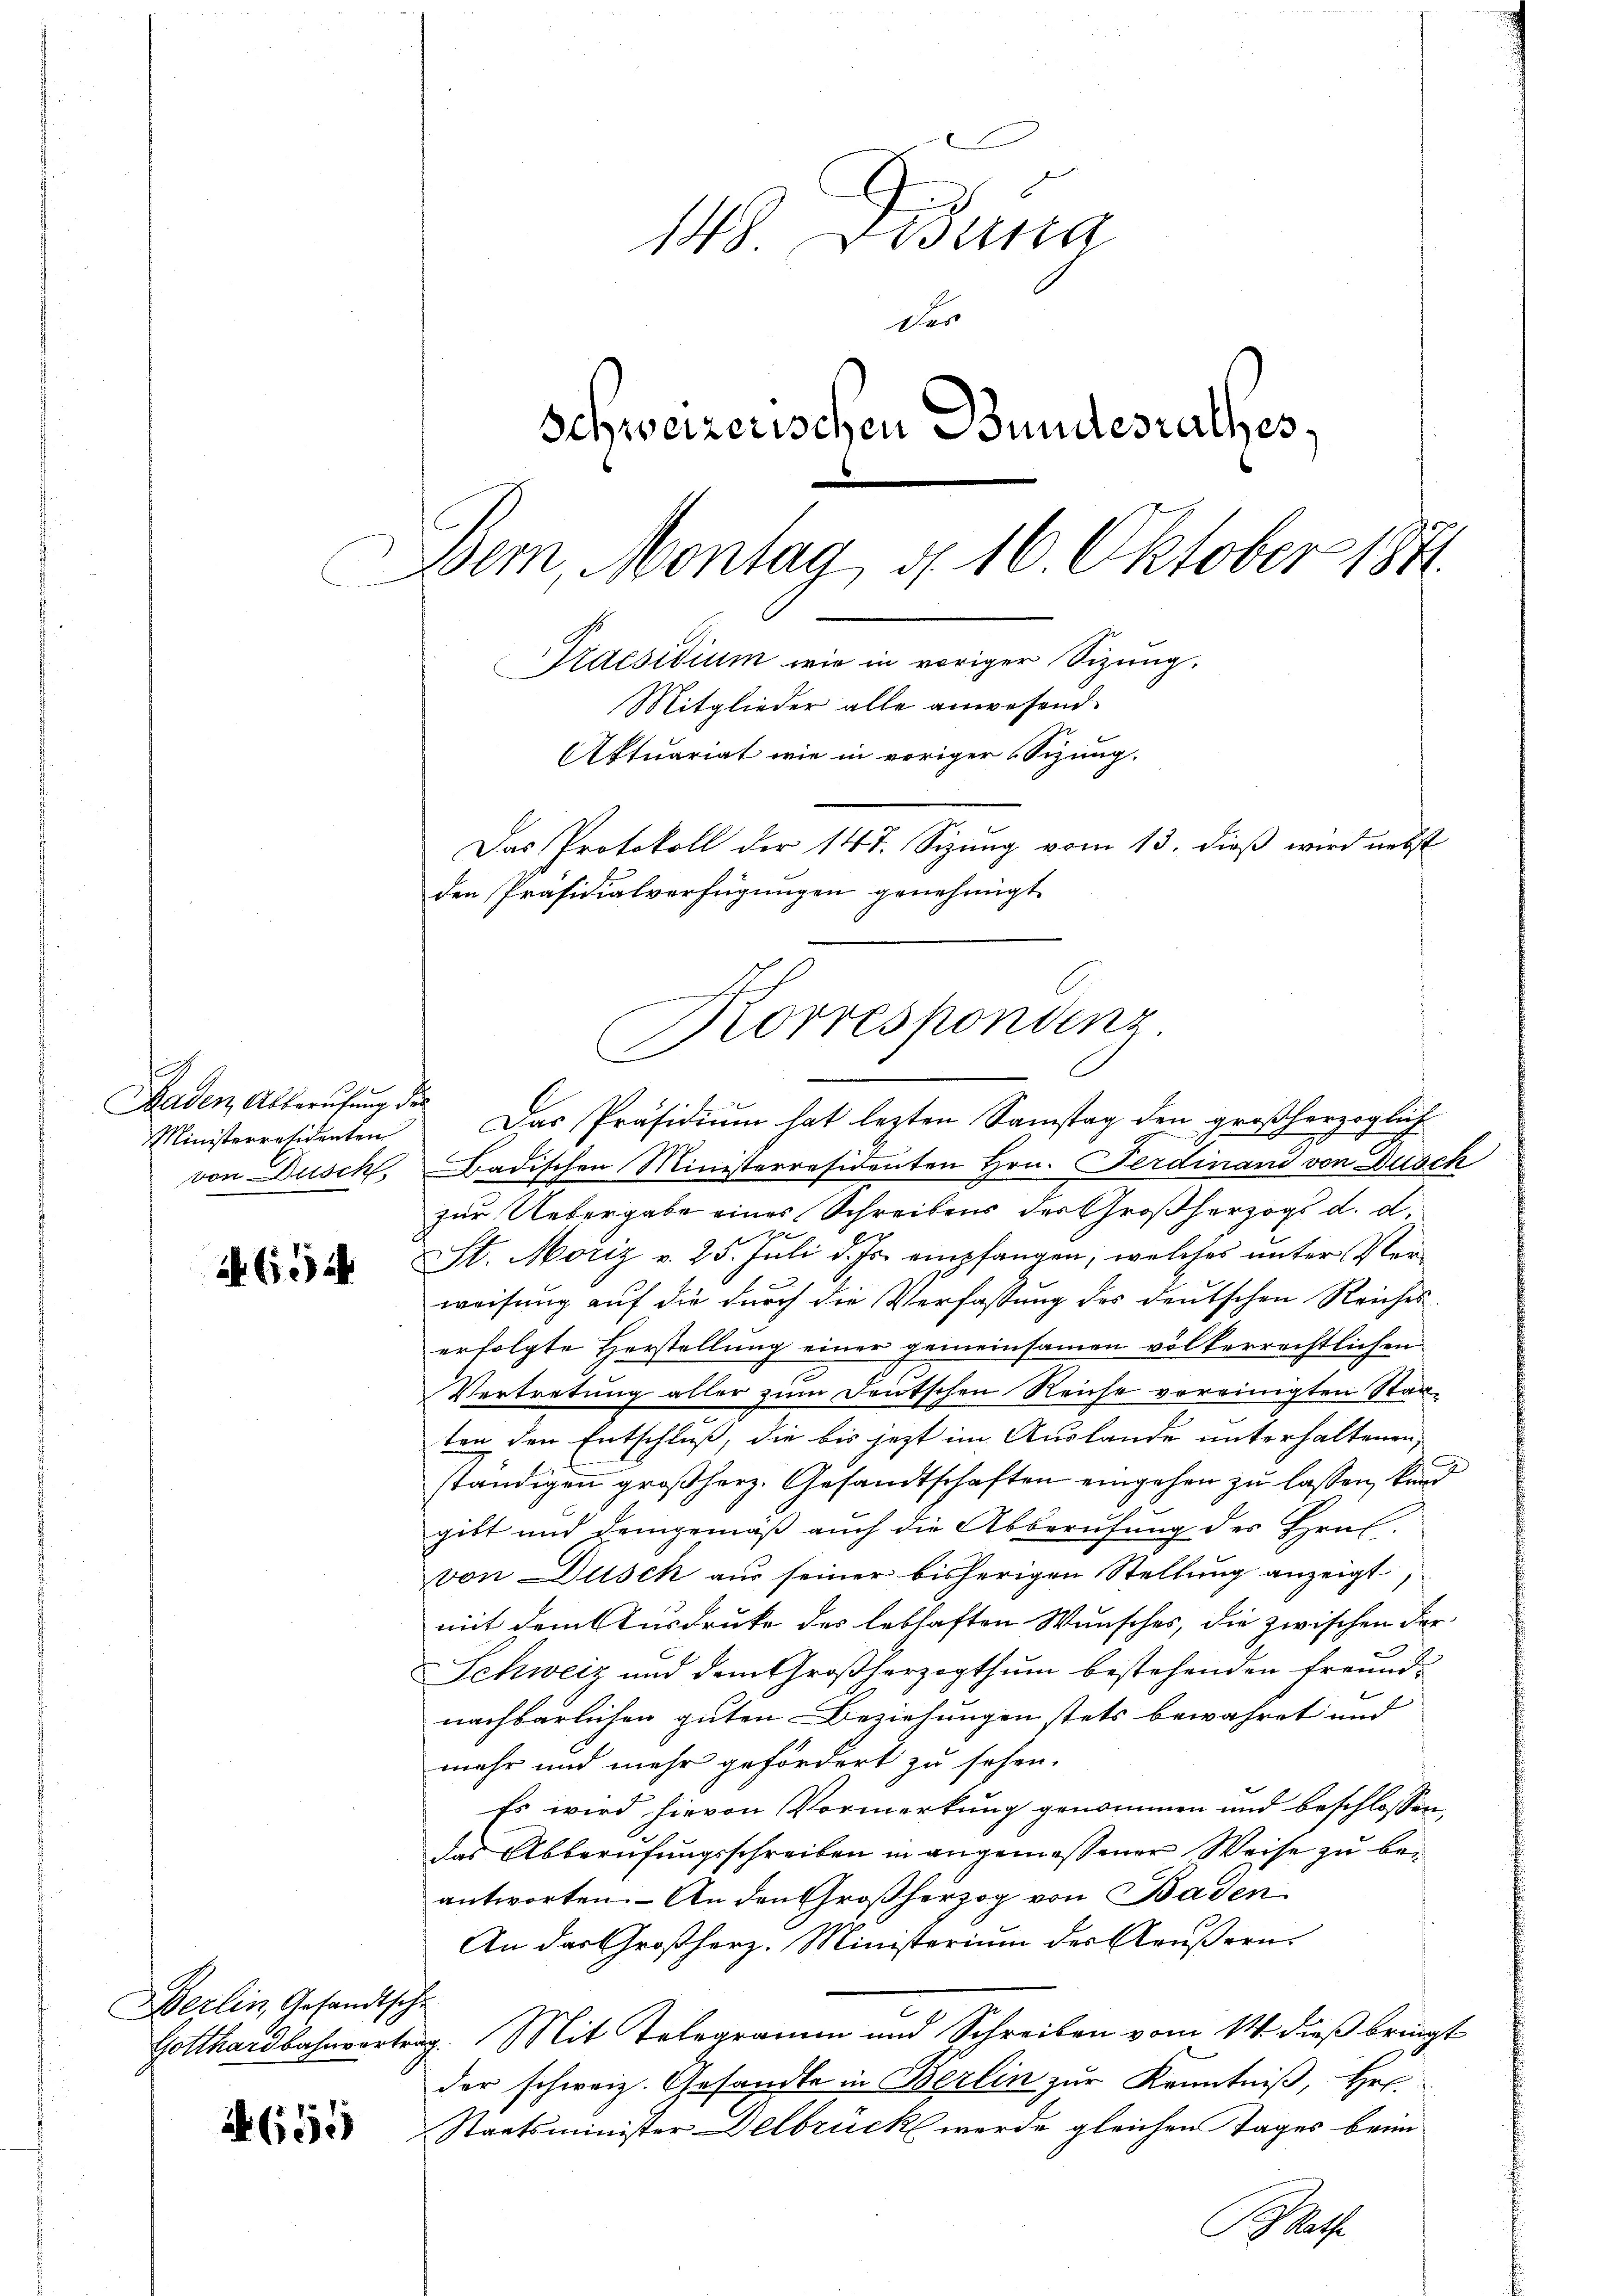
Baden, Alberufung des
Ministerresidenten
von Dusch

654

Berlin, Gesandtsche

650

148. Disena
Des
Schweizerischen Bundesrathes
Der, Montag d. 16. Oktober 1841.
Praesidium wie in voriger Sizung.
Mitglieder alle anwesend.
Aktuariat wie in voriger Sizung.
Das Protokoll der 14 t. Sizung vom 13. dieß wird nebst
den Präsidialverfügungen genehmigt

Korrespondenz
.
Das Präsidium hat lezten Samstag den großherzoglich

Badischen Ministerresidenten Hrn. Ferdinand von Dusch
zur Uebergabe eines Schreibens der Großherzogs d. d.
St. Moriz v. 25. Juli d. Js. empfangen, welches unter Verweisung auf die durch die Verfassung des deutschen Reiches
erfolgte Herstellung einer gemeinsamen völkerrechtlichen
Vertretung aller zum Deutschen Reiche vereinigten Staaten den Entschluß, die bis jezt im Auslande unterhaltenen,
ständigen großherz. Gesandtschaften eingehen zu lassen, kund
gibt und demgemäß auch die Abberufung des Heul-
von Dusch aus seiner bisherigen Stellung anzeigt,
mit dem Ausdrucke des lebhaften Wunsches, die zwischen der
Schweiz und dem Großherzogthum bestehenden Freund-
nachbarlichen guten Beziehungen stets bewahret und
mehr und mehr gefördert zu sehen.
Es wird hievon Vormerkung genommen und beschlossen,
das Abberufungsschreiben in angemessener Weise zu beantworten. An den Großherzog von Baden
An das Großherz. Ministerium des Aeußern
Gotthardbahnvertrag. Mit Telegramen und Schreiben vom 14. dieß bringt
der schweiz. Gesandte in Berlin zur Kenntniß, Her
Staatsminister Delbrück werde gleichen Tages beim
B Rathe